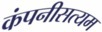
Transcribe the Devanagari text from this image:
कंपनीसत्यम